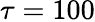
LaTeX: \tau=100